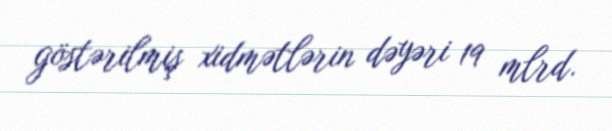
göstərilmiş xidmətlərin dəyəri 19 mlrd.